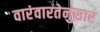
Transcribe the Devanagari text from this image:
वारंवारतेनुसार